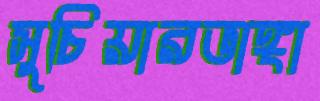
সুচিয়ারভাঙ্গা